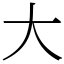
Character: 大